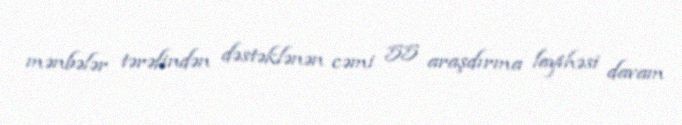
mənbələr tərəfindən dəstəklənən cəmi 55 araşdırma layihəsi davam